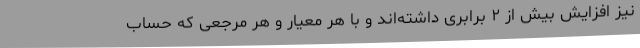
نیز افزایش بیش از ۲ برابری داشته‌اند و با هر معیار و هر مرجعی که حساب